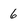
Character: 6